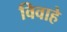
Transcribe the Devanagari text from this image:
विवाहे